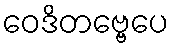
ဝေဒိတဗ္ဗေပေ